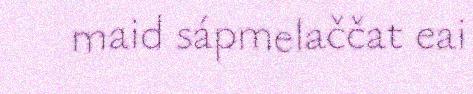
maid sápmelaččat eai